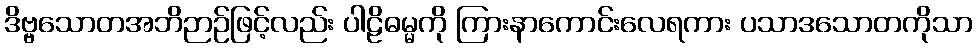
ဒိဗ္ဗသောတအဘိဉာဉ်ဖြင့်လည်း ပါဠိဓမ္မကို ကြားနာကောင်းလေရကား ပသာဒသောတကိုသာ